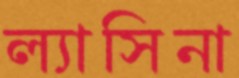
ল্যাসিনা